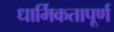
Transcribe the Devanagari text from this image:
धार्मिकतापूर्ण